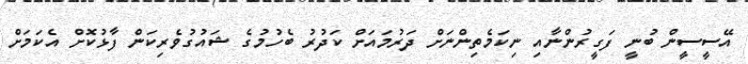
އޭސީސީން ބުނީ ފަގީރުންނާއި ނިކަމެތިންނަށް ދަރުމައަށް ކަދުރު ބެހުމުގެ ޝައުގުވެރިކަން ފާޅުކޮށް އެކަމަށް